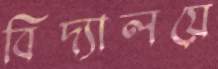
বিদ্যালয়ে